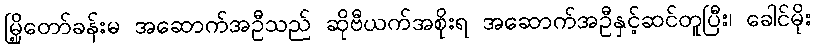
မြို့တော်ခန်းမ အဆောက်အဦသည် ဆိုဗီယက်အစိုးရ အဆောက်အဦနှင့်ဆင်တူပြီး၊ ခေါင်မိုး